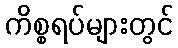
ကိစ္စရပ်များတွင်